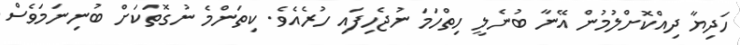
ހަދިޔާ ދިއްކޮށްލުމުން އޭނާ ބުނެލީ ހިތްހަމަ ނުޖެހިފައި ހުރެއެވެ. ކިތަންމެ ނުގޮތަކަށް ބުނިނަމަވެސް